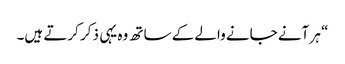
“ ہر آنے جانے والے کے ساتھ وہ یہی ذکر کرتے ہیں۔